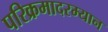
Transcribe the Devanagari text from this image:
परिक्रमादरम्यान